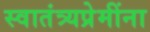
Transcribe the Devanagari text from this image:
स्वातंत्र्यप्रेमींना